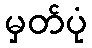
မှတ်ပုံ